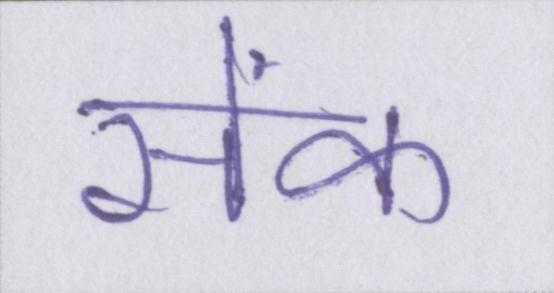
सेंक